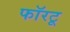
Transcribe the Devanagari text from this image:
फॉरटू